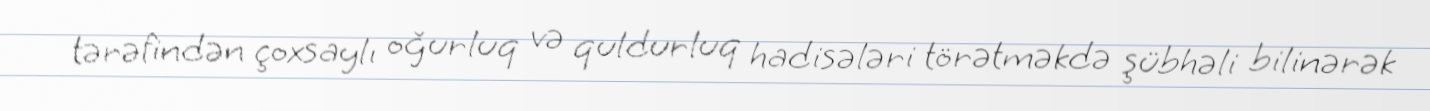
tərəfindən çoxsaylı oğurluq və quldurluq hadisələri törətməkdə şübhəli bilinərək